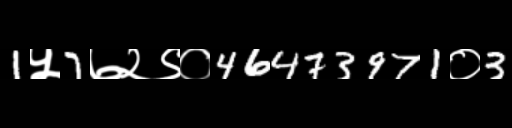
Text: 1५7७२९०46473971०3